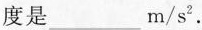
度是___m/s^{2}.